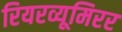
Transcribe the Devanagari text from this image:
रियरव्यूमिरर